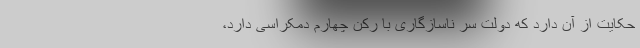
حکایت از آن دارد که دولت سرِ ناسازگاری با رکن چهارم دمکراسی دارد،